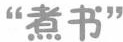
”煮书”